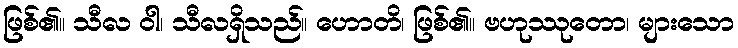
ဖြစ်၏။ သီလ ဝါ၊ သီလရှိသည်။ ဟောတိ၊ ဖြစ်၏။ ဗဟုဿုတော၊ များသော